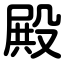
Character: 殿